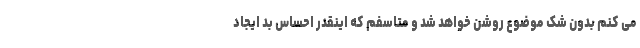
می کنم بدون شک موضوع روشن خواهد شد و متاسفم که اینقدر احساس بد ایجاد